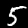
Label: 5